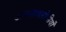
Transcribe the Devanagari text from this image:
अवसादरोधीयाँ